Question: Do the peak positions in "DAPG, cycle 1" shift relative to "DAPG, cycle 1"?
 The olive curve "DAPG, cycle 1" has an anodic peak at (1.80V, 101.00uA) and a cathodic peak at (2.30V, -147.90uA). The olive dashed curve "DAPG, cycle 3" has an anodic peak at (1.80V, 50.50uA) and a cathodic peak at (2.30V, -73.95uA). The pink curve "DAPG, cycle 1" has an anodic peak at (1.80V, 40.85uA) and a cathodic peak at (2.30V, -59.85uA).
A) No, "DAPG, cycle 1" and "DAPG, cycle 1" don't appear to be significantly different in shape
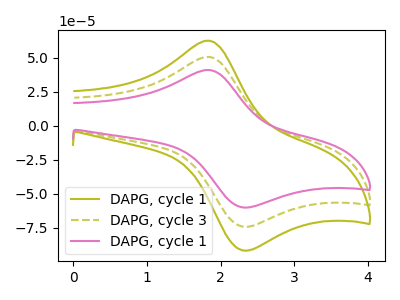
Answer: <think>All the peaks in "DAPG, cycle 1" have a peak in "DAPG, cycle 1" at the same potential. Every peak in "DAPG, cycle 1" is lower than every peak in "DAPG, cycle 1".
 </think>
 <answer>A) No, "DAPG, cycle 1" and "DAPG, cycle 1" don't appear to be significantly different in shape</answer>
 <eval>A</eval>